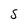
Character: S